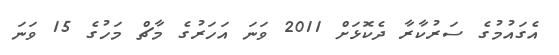
އެގައުމުގެ ސަރުކާރާ ދެކޮޅަށް 2011 ވަނަ އަހަރުގެ މާޗް މަހުގެ 15 ވަނަ